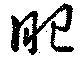
肥